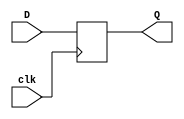
//D Flip Flop
module d_register (D, clk, Q);
	input D, clk;
	output Q;
	reg Q;
	
	always @(posedge clk)
		Q <= D;
		
endmodule